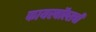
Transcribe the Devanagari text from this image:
फायरवॉल्सची